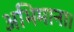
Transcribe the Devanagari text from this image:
अभिमाना।